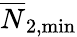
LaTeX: \overline{{N}}_{2,\mathrm{min}}